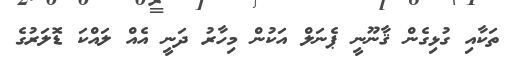
ތަކާއި ގުޅިގެން ޤާނޫނީ ޕެނަލް އަކުން މިހާރު ދަނީ އެއް ލައްކަ ޑޮލަރުގެ